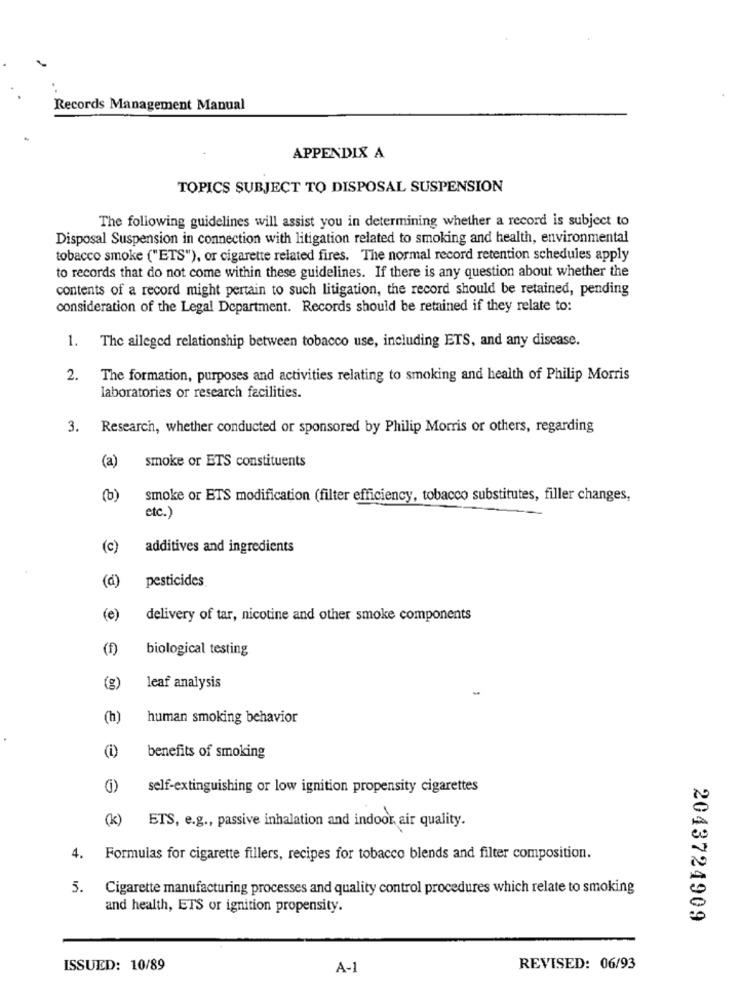
Records Management Manual
APPENDIX A
TOPICS SUBJECT TO DISPOSAL SUSPENSION
The following guidelines will assist you in determining whether a record is subject to
Disposal Suspension in connection with litigation related to smoking and health, environmental
tobacco smoke ("ETS"), or cigarette related fires. The normal record retention schedules apply
to records that do not come within these guidelines. If there is any question about whether the
contents of a record might pertain to such litigation, the record should be retained, pending
consideration of the Legal Department. Records should be retained if they relate to:
-
The alleged relationship between tobacco use, including ETS, and any disease.
. The formation, purposes and activities relating to smoking and health of Philip Morris
laboratories or research facilities.
3. Research, whether conducted or sponsored by Philip Morris or others, regarding
(a)
smoke or ETS constituents
(b)
smoke or ETS modification (filter efficiency, tobacco substitutes, filler changes,
etc.)
(c)
additives and ingredients
(d)
pesticides
(e)
delivery of tar, nicotine and other smoke components
(1)
biological testing
(g)
leaf analysis
(h)
human smoking behavior
benefits of smoking
self-extinguishing or low ignition propensity cigarettes
(k)
ETS, e.g ., passive inhalation and indoor air quality.
4.
Formulas for cigarette fillers, recipes for tobacco blends and filter composition.
5. Cigarette manufacturing processes and quality control procedures which relate to smoking
and health, ETS or ignition propensity.
2043724909
ISSUED: 10/89
A-1
REVISED: 06/93